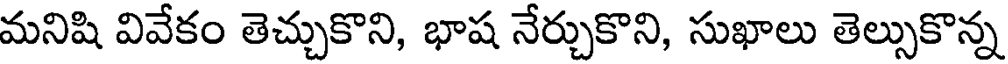
మనిషి వివేకం తెచ్చుకొని, భాష నేర్చుకొని, సుఖాలు తెల్సుకొన్న